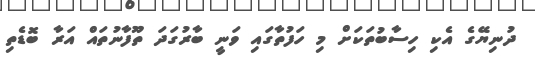
ދުނިޔޭގެ އެކި ހިސާބުތަކަށް މި ހަފުތާގައި ވަނީ ބާރުގަދަ ތޫފާނުތައް އަރާ ބޮޑެތި